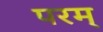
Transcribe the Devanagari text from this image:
परम्‌